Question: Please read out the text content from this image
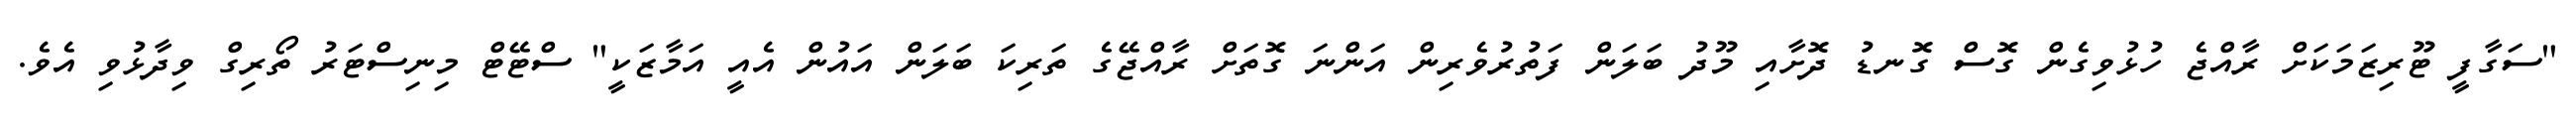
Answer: "ސަގާފީ ޓޫރިޒަމަކަށް ރާއްޖެ ހުޅުވިގެން ގޮސް ގޮނޑު ދޮށާއި މޫދު ބަލަން ފަތުރުވެރިން އަންނަ ގޮތަށް ރާއްޖޭގެ ތަރިކަ ބަލަން އައުން އެއީ އަމާޒަކީ" ސްޓޭޓް މިނިސްޓަރު ތޯރިގް ވިދާޅުވި އެވެ.